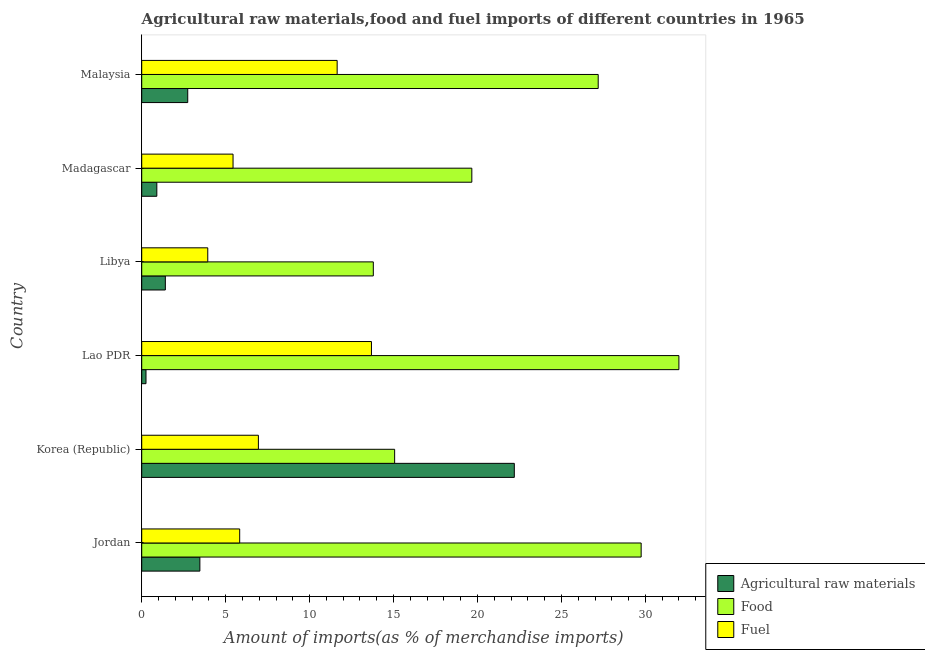
| Country | Agricultural raw materials | Food | Fuel |
 | --- | --- | --- | --- |
 | Jordan | 3.46 | 29.7 | 5.83 |
 | Korea (Republic) | 22.2 | 15.1 | 6.95 |
 | Lao PDR | 0.255 | 32 | 13.7 |
 | Libya | 1.41 | 13.8 | 3.93 |
 | Madagascar | 0.9 | 19.7 | 5.44 |
 | Malaysia | 2.74 | 27.2 | 11.6 |